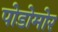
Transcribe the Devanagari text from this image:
पोडोमोर